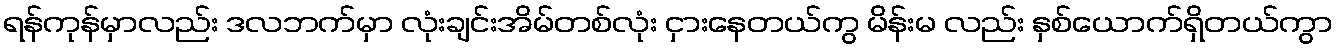
ရန်ကုန်မှာလည်း ဒလဘက်မှာ လုံးချင်းအိမ်တစ်လုံး ငှားနေတယ်ကွ မိန်းမ လည်း နှစ်ယောက်ရှိတယ်ကွာ